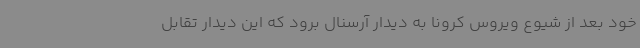
خود بعد از شیوع ویروس کرونا به دیدار آرسنال برود که این دیدار تقابل